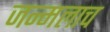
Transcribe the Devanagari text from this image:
जन्मलाच